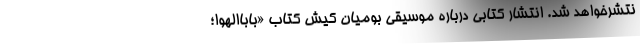
نتشرخواهد شد. انتشار کتابی درباره موسیقی بومیان کیش کتاب «باباالهوا؛